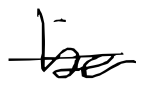
Text: be
Cross-out: single-line
Writing tool: digital_black